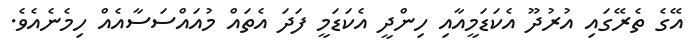
އޭގެ ތެރޭގައި އުރުދޫ އެކަޑަމީއާއި ހިންދީ އެކަޑަމީ ފަދަ އެތައް މުއައްސަސާއެއް ހިމެނެއެވެ.